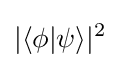
|\langle \phi |\psi \rangle |^{2}